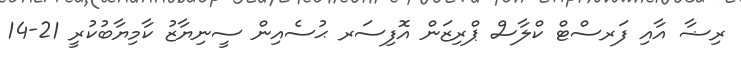
ރިޟާ އާއި ފަރސްޓް ކްލާސް ޕްރިޒަން އޮފިސަރ ޙުސެއިން ސީނިޔާޒު ކާމިޔާބުކުރީ 21-14